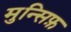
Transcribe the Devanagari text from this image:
मुन्सिफ़